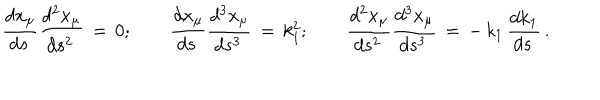
LaTeX: \frac { d x _ { \mu } } { d s \, } \frac { d ^ { 2 } x _ { \mu } } { d s ^ { 2 } \, } \, = \, 0 ; \qquad \frac { d x _ { \mu } } { d s \, } \frac { d ^ { 3 } x _ { \mu } } { d s ^ { 3 } \, } \, = \, k _ { 1 } ^ { 2 } ; \qquad \frac { d ^ { 2 } x _ { \mu } } { d s ^ { 2 } \, } \frac { d ^ { 3 } x _ { \mu } } { d s ^ { 3 } \, } \, = \, - \, k _ { 1 } \, \frac { d k _ { 1 } } { d s \, } \, { . }